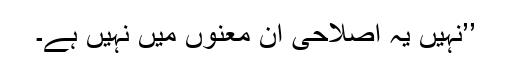
’’نہیں یہ اصلاحی ان معنوں میں نہیں ہے۔